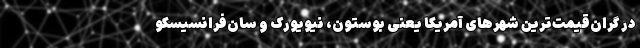
در گران‌قیمت‌ترین شهرهای آمریکا یعنی بوستون، نیویورک و سان‌فرانسیسکو